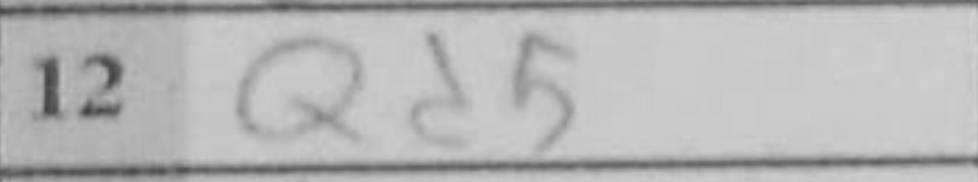
Transcription: Qd5